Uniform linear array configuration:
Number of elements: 48
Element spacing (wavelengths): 1
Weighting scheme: binomial
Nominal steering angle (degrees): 60
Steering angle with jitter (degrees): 60.325
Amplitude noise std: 0.05
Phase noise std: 0.05

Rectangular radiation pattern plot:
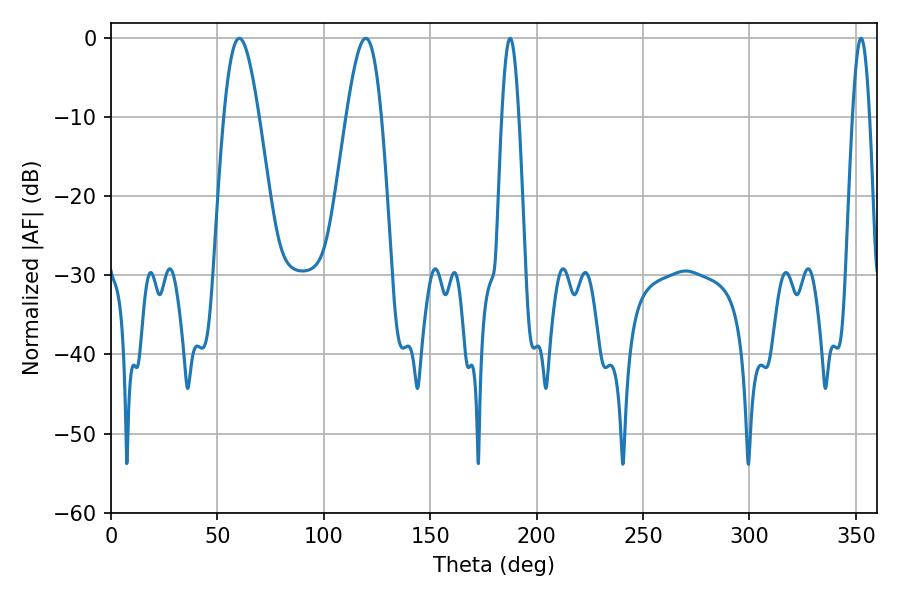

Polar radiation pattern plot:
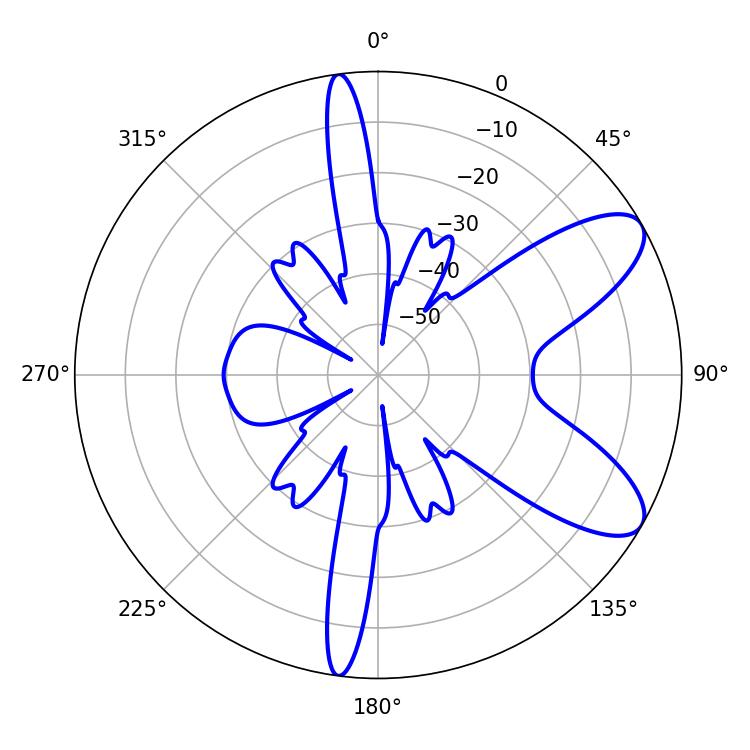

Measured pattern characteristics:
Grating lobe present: TRUE
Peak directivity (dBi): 8.647
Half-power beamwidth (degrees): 8.82
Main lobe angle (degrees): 60.3